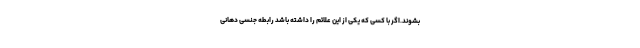
بشوند.اگر با کسی که یکی از این علائم را داشته باشد رابطه جنسی دهانی